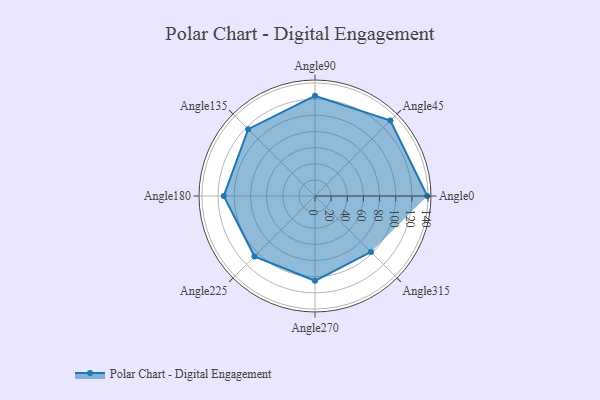
{"axis": {"x": "Angle", "y": "Radius"}, "legend": [""], "data": [{"x": "Angle0", "y": 139.0, "type": ""}, {"x": "Angle45", "y": 132.0, "type": ""}, {"x": "Angle90", "y": 124.0, "type": ""}, {"x": "Angle135", "y": 117.0, "type": ""}, {"x": "Angle180", "y": 113.0, "type": ""}, {"x": "Angle225", "y": 106.0, "type": ""}, {"x": "Angle270", "y": 105.0, "type": ""}, {"x": "Angle315", "y": 98.0, "type": ""}]}